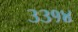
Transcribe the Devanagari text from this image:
३३१४